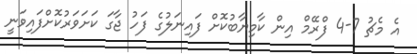
އެ މެޗު 7-4 ފްރޭމް އިން ކާމިޔާބުކޮށް ފައިނަލުގެ ފަހު ޖާގަ ކަށަވަރުކޮށްފައިވަނީ